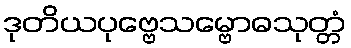
ဒုတိယပုဗ္ဗေသမ္ဗောဓသုတ္တံ